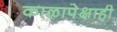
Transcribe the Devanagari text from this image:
काळापेक्षाही